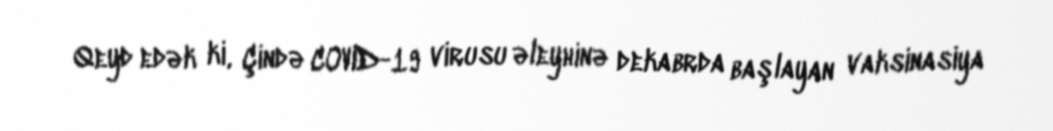
Qeyd edək ki, Çində COVID-19 virusu əleyhinə dekabrda başlayan vaksinasiya